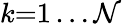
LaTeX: k{=}1\ldots\mathcal{N}